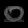
Digit: ၀